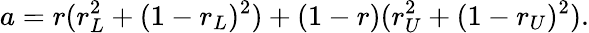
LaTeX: a=r(r_{L}^{2}+(1-r_{L})^{2})+(1-r)(r_{U}^{2}+(1-r_{U})^{2}).